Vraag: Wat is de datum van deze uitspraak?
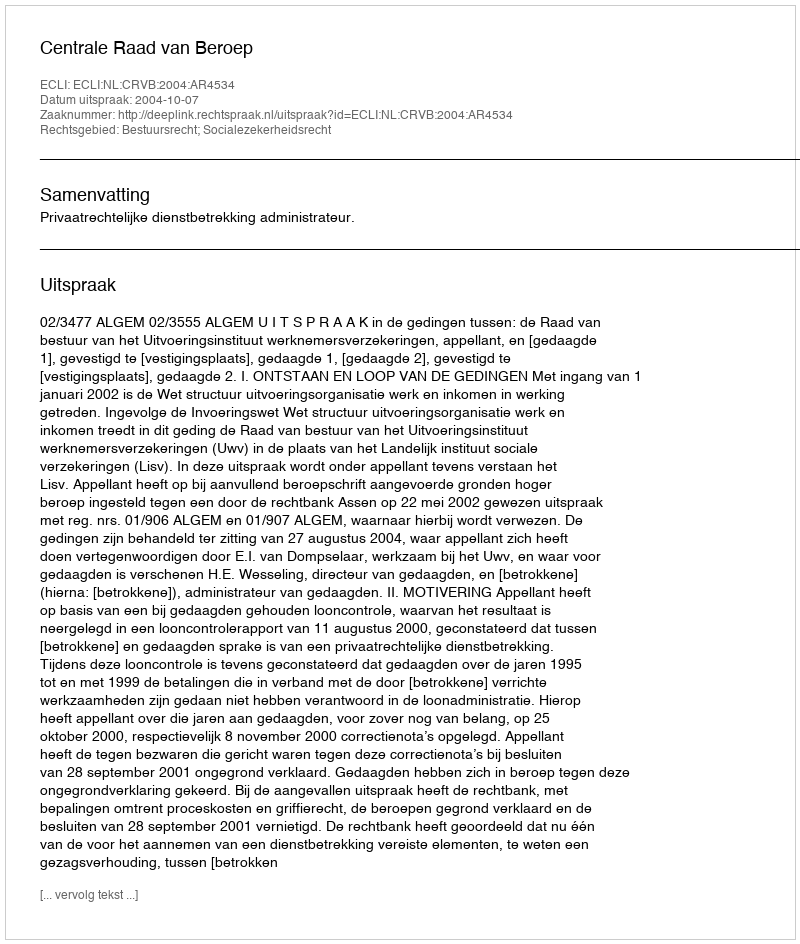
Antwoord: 2004-10-07